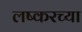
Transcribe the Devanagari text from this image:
लष्करच्या